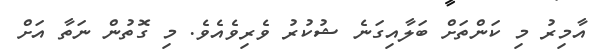
އާމިރު މި ކަންތަށް ބަލާއިގަނެ ޝުކުރު ވެރިވެއެވެ. މި ގޮތުން ނަތާ އަށް